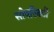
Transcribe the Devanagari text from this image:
सोवरिनटी